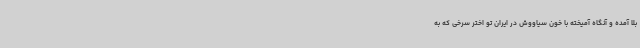
بلا آمده و آنگاه آمیخته با خون سیاووش در ایران تو اختر سرخی که به